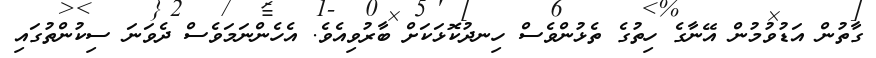
ގާތުން އަޑުވުމުން އޭނާގެ ހިތުގެ ތެޅުންވެސް ހިނދުކޮޅަކަށް ބާރުވިއެވެ. އެހެންނަމަވެސް ދެވަނަ ސިކުންތުގައި